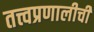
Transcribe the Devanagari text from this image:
तत्त्वप्रणालीची